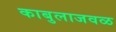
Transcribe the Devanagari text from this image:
काबुलाजवळ